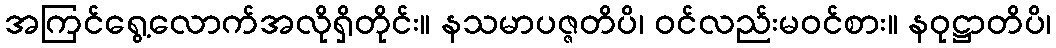
အကြင်ရွေ့လောက်အလိုရှိတိုင်း။ နသမာပဇ္ဇတိပိ၊ ဝင်လည်းမဝင်စား။ နဝုဋ္ဌာတိပိ၊